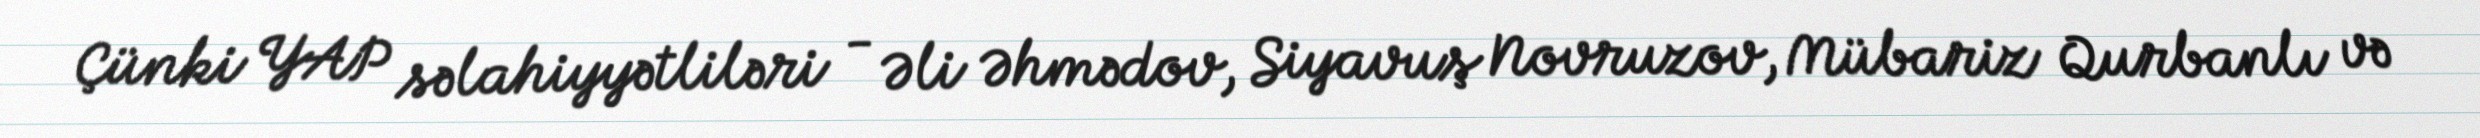
Çünki YAP səlahiyyətliləri - Əli Əhmədov, Siyavuş Novruzov, Mübariz Qurbanlı və